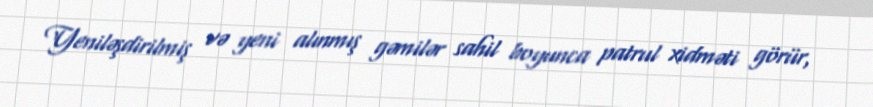
Yeniləşdirilmiş və yeni alınmış gəmilər sahil boyunca patrul xidməti görür,